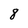
Character: 8